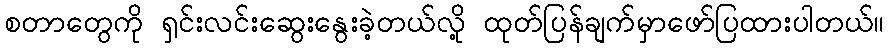
စတာတွေကို ရှင်းလင်းဆွေးနွေးခဲ့တယ်လို့ ထုတ်ပြန်ချက်မှာဖော်ပြထားပါတယ်။